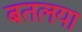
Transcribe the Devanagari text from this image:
बतलया